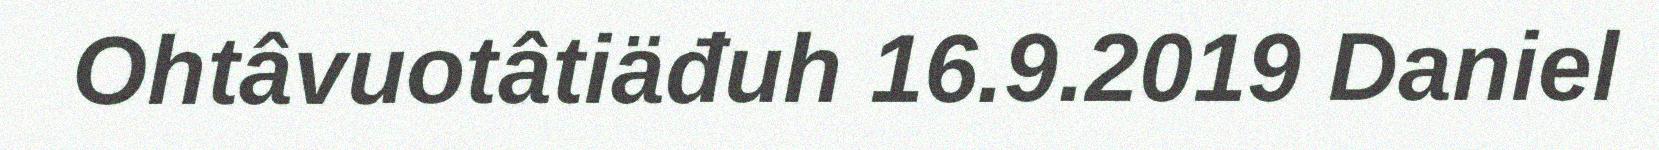
Ohtâvuotâtiäđuh 16.9.2019 Daniel